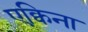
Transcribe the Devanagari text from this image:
एक्विना